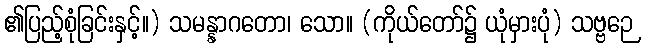
၏ပြည့်စုံခြင်းနှင့်။) သမန္နာဂတော၊ သော။ (ကိုယ်တော်၌ ယုံမှားပုံ) သဗ္ဗဉေ